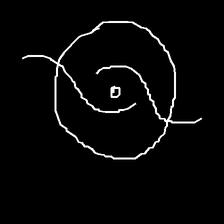
Glyph: repetition